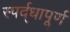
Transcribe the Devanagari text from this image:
स्पर्द्धापूर्ण